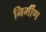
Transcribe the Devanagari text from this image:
निर्मीण